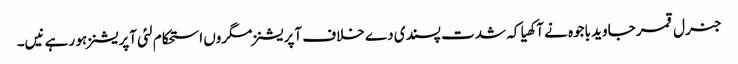
جنرل قمر جاوید باجوہ نے آکھیا کہ شدت پسندی دے خلاف آپریشنز مگروں استحکام لئی آپریشنز ہو رہے نیں۔